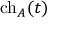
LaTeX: \operatorname { c h } _ { A } ( t )